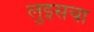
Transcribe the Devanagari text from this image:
लुइसचा